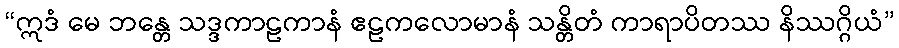
“ဣဒံ မေ ဘန္တေ သဒ္ဒကာဠကာနံ ဧဠကလောမာနံ သန္တိတံ ကာရာပိတဿ နိဿဂ္ဂိယံ”